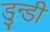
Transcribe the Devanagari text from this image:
डुन्डी